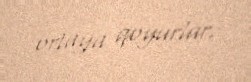
ortaya qoyurlar.